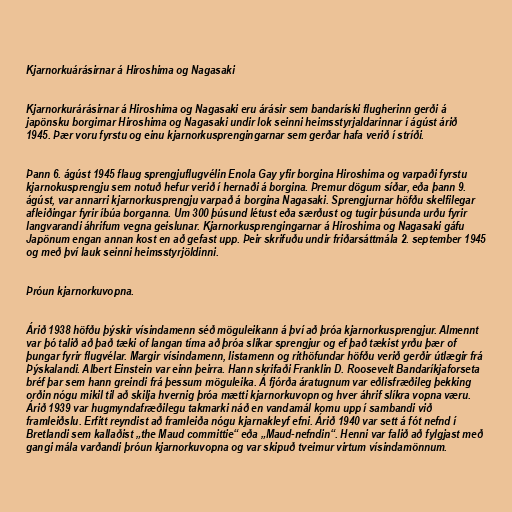
Kjarnorkuárásirnar á Hiroshima og Nagasaki

Kjarnorkurárásirnar á Hiroshima og Nagasaki eru árásir sem bandaríski flugherinn gerði á
japönsku borgirnar Hiroshima og Nagasaki undir lok seinni heimsstyrjaldarinnar í ágúst árið
1945. Þær voru fyrstu og einu kjarnorkusprengingarnar sem gerðar hafa verið í stríði.

Þann 6. ágúst 1945 flaug sprengjuflugvélin Enola Gay yfir borgina Hiroshima og varpaði fyrstu
kjarnokusprengju sem notuð hefur verið í hernaði á borgina. Þremur dögum síðar, eða þann 9.
ágúst, var annarri kjarnorkusprengju varpað á borgina Nagasaki. Sprengjurnar höfðu skelfilegar
afleiðingar fyrir íbúa borganna. Um 300 þúsund létust eða særðust og tugir þúsunda urðu fyrir
langvarandi áhrifum vegna geislunar. Kjarnorkusprengingarnar á Hiroshima og Nagasaki gáfu
Japönum engan annan kost en að gefast upp. Þeir skrifuðu undir friðarsáttmála 2. september 1945
og með því lauk seinni heimsstyrjöldinni.

Þróun kjarnorkuvopna.

Árið 1938 höfðu þýskir vísindamenn séð möguleikann á því að þróa kjarnorkusprengjur. Almennt
var þó talið að það tæki of langan tíma að þróa slíkar sprengjur og ef það tækist yrðu þær of
þungar fyrir flugvélar. Margir vísindamenn, listamenn og rithöfundar höfðu verið gerðir útlægir frá
Þýskalandi. Albert Einstein var einn þeirra. Hann skrifaði Franklin D. Roosevelt Bandaríkjaforseta
bréf þar sem hann greindi frá þessum möguleika. Á fjórða áratugnum var eðlisfræðileg þekking
orðin nógu mikil til að skilja hvernig þróa mætti kjarnorkuvopn og hver áhrif slíkra vopna væru.
Árið 1939 var hugmyndafræðilegu takmarki náð en vandamál komu upp í sambandi við
framleiðslu. Erfitt reyndist að framleiða nógu kjarnakleyf efni. Árið 1940 var sett á fót nefnd í
Bretlandi sem kallaðist „the Maud committie“ eða „Maud-nefndin“. Henni var falið að fylgjast með
gangi mála varðandi þróun kjarnorkuvopna og var skipuð tveimur virtum vísindamönnum.